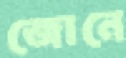
জোনে